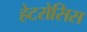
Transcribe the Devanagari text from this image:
हेटरोसिस